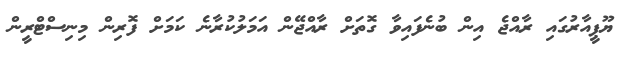
ޔޫޕީއާރުގައި ރާއްޖެ އިން ބުނެފައިވާ ގޮތަށް ރާއްޖޭން އަމަލުކުރާނެ ކަމަށް ފޮރިން މިނިސްޓްރީން